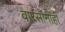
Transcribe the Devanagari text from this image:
वारसांनाही